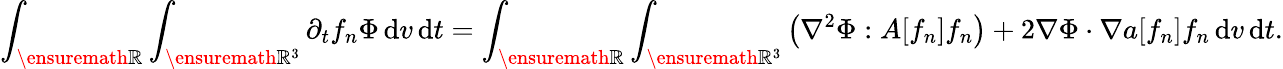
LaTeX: \int_{\ensuremath{{\mathbb R}}}\int_{\ensuremath{{\mathbb R}}^{3}}\partial_{t}f_{n}\Phi\, \mathrm{d}v\, \mathrm{d}t=\int_{\ensuremath{{\mathbb R}}}\int_{\ensuremath{{\mathbb R}}^{3}}\left(\nabla^{2}\Phi:A[f_{n}]f_{n}\right)+2\nabla\Phi\cdot\nabla a[f_{n}]f_{n}\, \mathrm{d}v\, \mathrm{d}t.